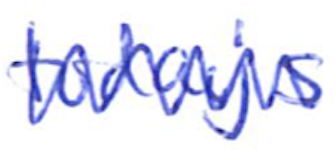
Text: today's
Cross-out: zig-zag
Writing tool: ballpoint